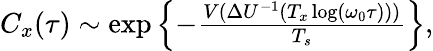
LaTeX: \begin{array}{r}{C_{x}(\tau)\sim\exp\left\{ -\frac{V(\Delta U^{-1}(T_{x}\log(\omega_{0}\tau)))}{T_{s}}\right\} ,}\end{array}